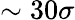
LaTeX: \sim 30\sigma